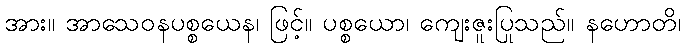
အား။ အာသေဝနပစ္စယေန၊ ဖြင့်။ ပစ္စယော၊ ကျေးဇူးပြုသည်။ နဟောတိ၊